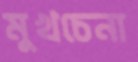
মুখচেনা